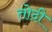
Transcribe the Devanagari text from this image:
तोदी